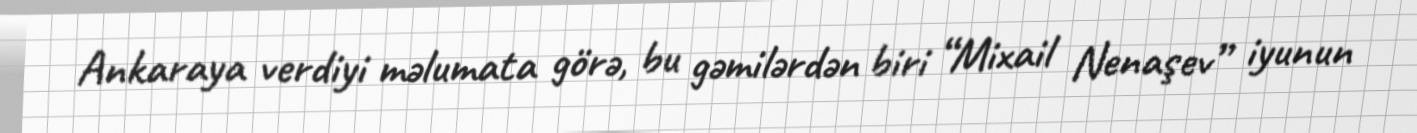
Ankaraya verdiyi məlumata görə, bu gəmilərdən biri “Mixail Nenaşev” iyunun